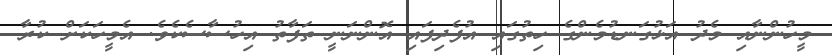
މީހުންނާއި މެދު އަޅުގަނޑުމެންގެ ހިތުގައި އުފެދިފައި އޮންނަނީ ތަފާތު އިހުސާސެކެވެ. އެމީހަކަށް ކުރާ